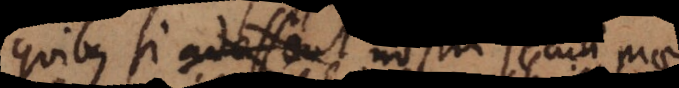
quibus si adfuissent nostri seculi praesidia